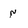
Character: n